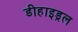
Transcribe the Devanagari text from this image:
डीहाइड्रल